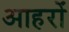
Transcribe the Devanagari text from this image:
आहरों